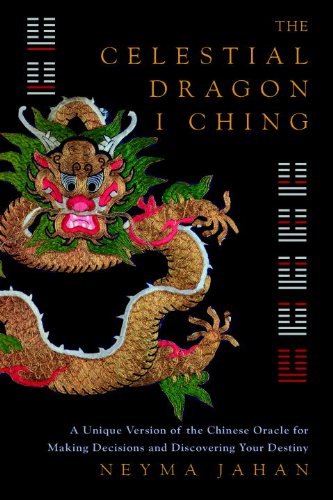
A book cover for The Celestial Dragon I Ching: A Unique New Version of the Chinese Oracle for Making Decisions and Discovering Your Destiny; Neyma Jahan; Religion & Spirituality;